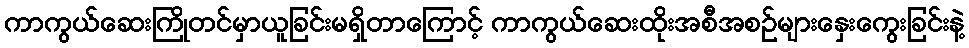
ကာကွယ်ဆေးကြိုတင်မှာယူခြင်းမရှိတာကြောင့် ကာကွယ်ဆေးထိုးအစီအစဉ်များနှေးကွေးခြင်းနဲ့